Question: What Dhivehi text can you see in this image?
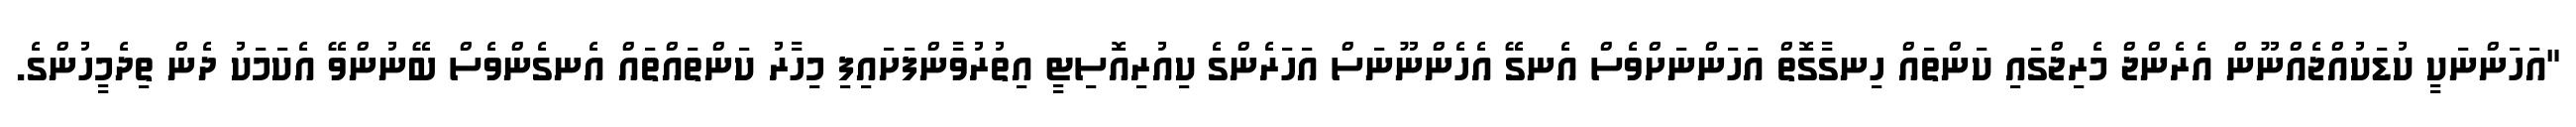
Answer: "އަހަންނަކީ ކުޑަކުއްޖެއްނޫން އެރެންޖް މެރިޖްގައި ކަންތައް ހިނގާގޮތް އަހަންނަށްވެސް އެނގޭ އެހެންނޫނަސް އަހަރެންގެ ކިއުރިއޮސިޓީ އިތުރުވާންފަށައިފި މިހާރު ކަންތައްތައް އެނގެންވެސް ބޭނުންވޭ އެކަމަކު ދެން ތިދެމީހުންގެ.